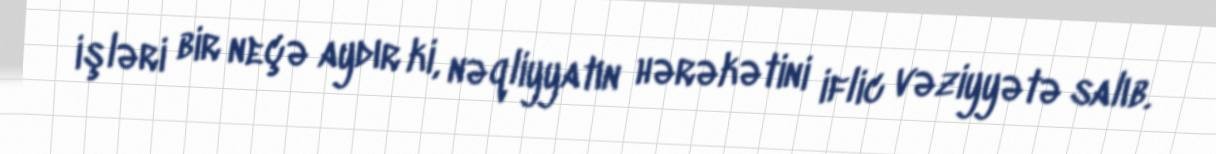
işləri bir neçə aydır ki, nəqliyyatın hərəkətini iflic vəziyyətə salıb.